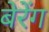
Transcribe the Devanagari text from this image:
बेरेंग